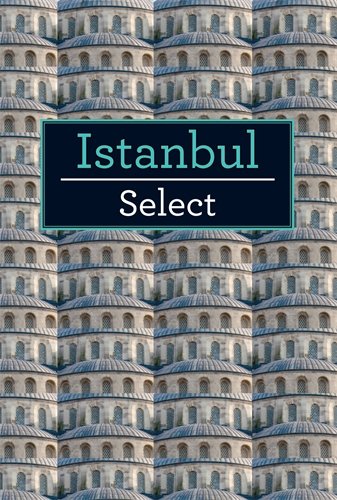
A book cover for Istanbul (Select); Pat Yale; Travel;